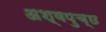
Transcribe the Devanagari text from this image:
अश्वपुच्छ